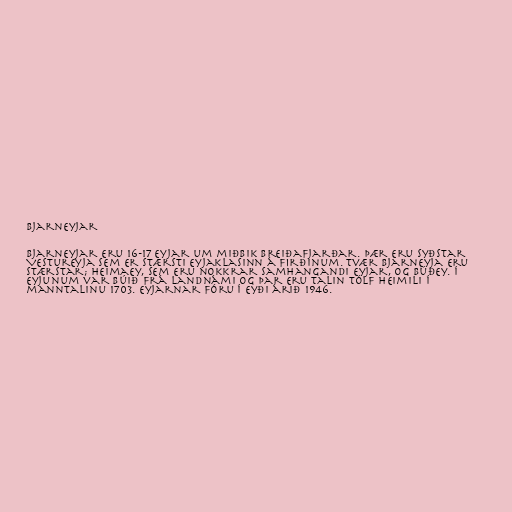
Bjarneyjar

Bjarneyjar eru 16-17 eyjar um miðbik Breiðafjarðar. Þær eru syðstar
Vestureyja sem er stærsti eyjaklasinn á firðinum. Tvær Bjarneyja eru
stærstar; Heimaey, sem eru nokkrar samhangandi eyjar, og Búðey. Í
eyjunum var búið frá landnámi og þar eru talin tólf heimili í
manntalinu 1703. Eyjarnar fóru í eyði árið 1946.